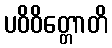
ပဝိဝိတ္တောတိ